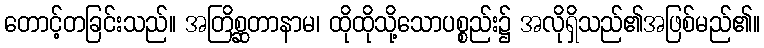
တောင့်တခြင်းသည်။ အတြိစ္ဆတာနာမ၊ ထိုထိုသို့သောပစ္စည်း၌ အလိုရှိသည်၏အဖြစ်မည်၏။